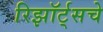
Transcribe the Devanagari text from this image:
रिझॉर्ट्‌सचे